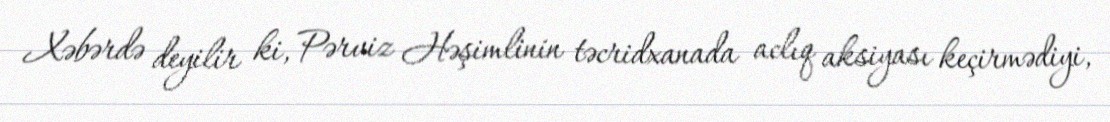
Xəbərdə deyilir ki, Pərviz Həşimlinin təcridxanada aclıq aksiyası keçirmədiyi,